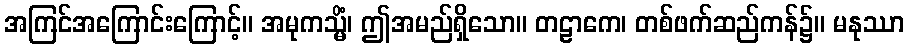
အကြင်အကြောင်းကြောင့်။ အမုကသ္မိံ၊ ဤအမည်ရှိသော။ တဠာကေ၊ တစ်ဖက်ဆည်ကန်၌။ မနုဿာ